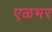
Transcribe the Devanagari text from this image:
एळभर